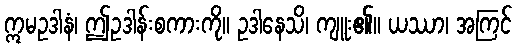
ဣမဥဒါနံ၊ ဤဥဒါန်းစကားကို။ ဥဒါနေသိ၊ ကျူး၏။ ယဿာ၊ အကြင်